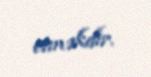
etməkdir.